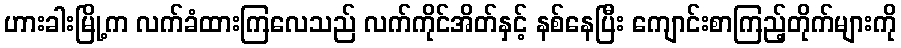
ဟားခါးမြို့က လက်ခံထားကြလေသည် လက်ကိုင်အိတ်နှင့် နစ်နေပြီး ကျောင်းစာကြည့်တိုက်များကို